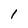
Character: 1